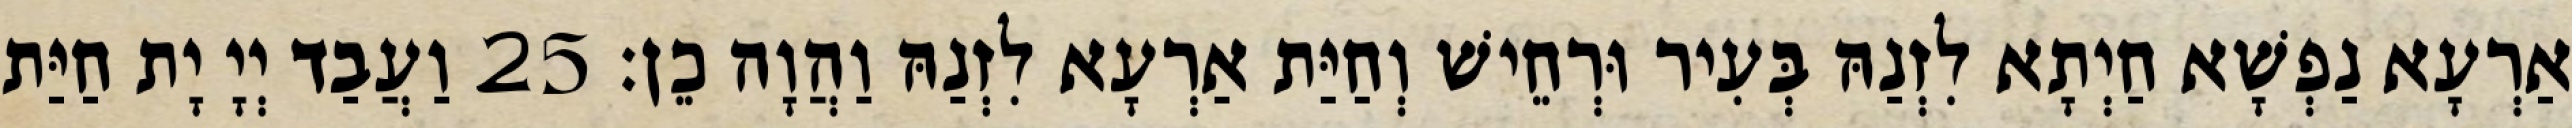
אַרְעָא נַפְשָׁא חַיְתָא לִזְנַהּ בְּעִיר וּרְחֵישׁ וְחַיַּת אַרְעָא לִזְנַהּ וַהֲוָה כֵן׃ 25 וַעֲבַד יְיָ יָת חַיַּת